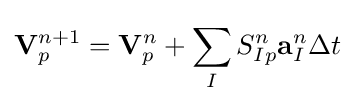
\mathbf {V} _{p}^{n+1}=\mathbf {V} _{p}^{n}+\sum _{I}^{}S_{Ip}^{n}\mathbf {a} _{I}^{n}\Delta t